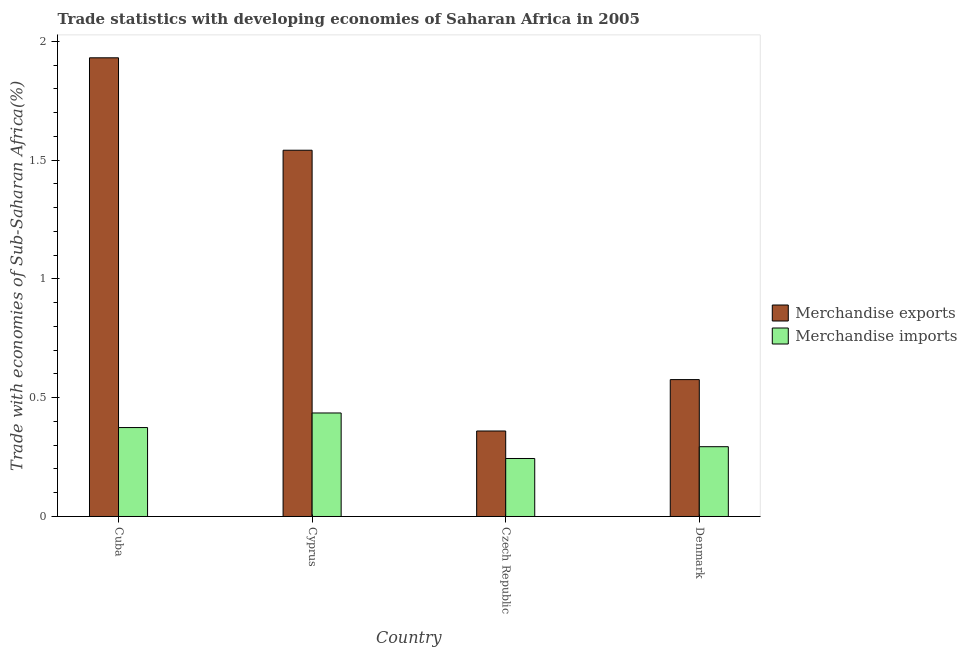
| Country | Merchandise exports | Merchandise imports |
 | --- | --- | --- |
 | Cuba | 1.93 | 0.374 |
 | Cyprus | 1.54 | 0.436 |
 | Czech Republic | 0.36 | 0.244 |
 | Denmark | 0.576 | 0.294 |